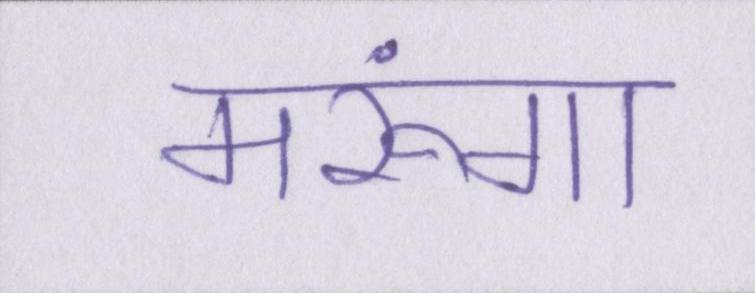
मरूंगा